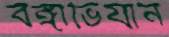
বঙ্গাভিযান